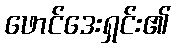
ဖောင်ဒေးရှင်း၏